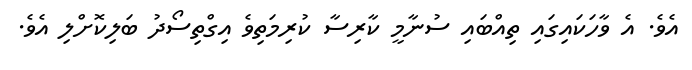
އެވެ. އެ ވާހަކައިގައި ތިއްބައި ސުނާމީ ކާރިސާ ކުރިމަތިވެ އިގްތިސޯދު ބަލިކޮށްލި އެވެ.